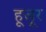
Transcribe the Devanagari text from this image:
हूजूर